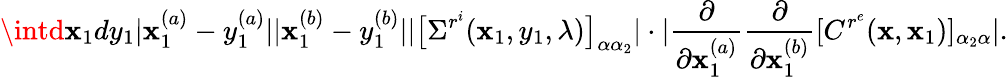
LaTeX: \intd\mathbf{x}_{1}dy_{1}|\mathbf{x}_{1}^{(a)}-y_{1}^{(a)}||\mathbf{x}_{1}^{(b)}-y_{1}^{(b)}||\big[\Sigma^{r^{i}}(\mathbf{x}_{1},y_{1},\lambda)\big]_{\alpha\alpha_{2}}|\cdot|\frac{{\partial}}{{\partial{\mathbf{x}_{1}^{(a)}}}}\frac{{\partial}}{{\partial{\mathbf{x}_{1}^{(b)}}}}[C^{r^{e}}(\mathbf{x},\mathbf{x}_{1})]_{\alpha_{2}\alpha}|.